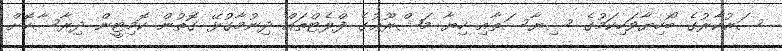
ސަރުކާރުގެ ބޯހިޔާވަހިކަމުގެ ސިޔާސަތާއި ހިޔާ މަޝްރޫޢުގެ ފްލެޓްތައް ދިނުމާގުޅޭ ގޮތުން ކޮމިޓީން ދިރާސާކޮށް